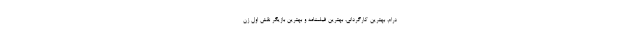
درام، بهترین کارگردانی، بهترین فیلمنامه و بهترین بازیگر نقش اول زن